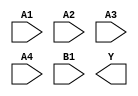
module sky130_fd_sc_ls__a41oi (
    //# {{data|Data Signals}}
    input  A1,
    input  A2,
    input  A3,
    input  A4,
    input  B1,
    output Y
);

    // Voltage supply signals
    supply1 VPWR;
    supply0 VGND;
    supply1 VPB ;
    supply0 VNB ;

endmodule